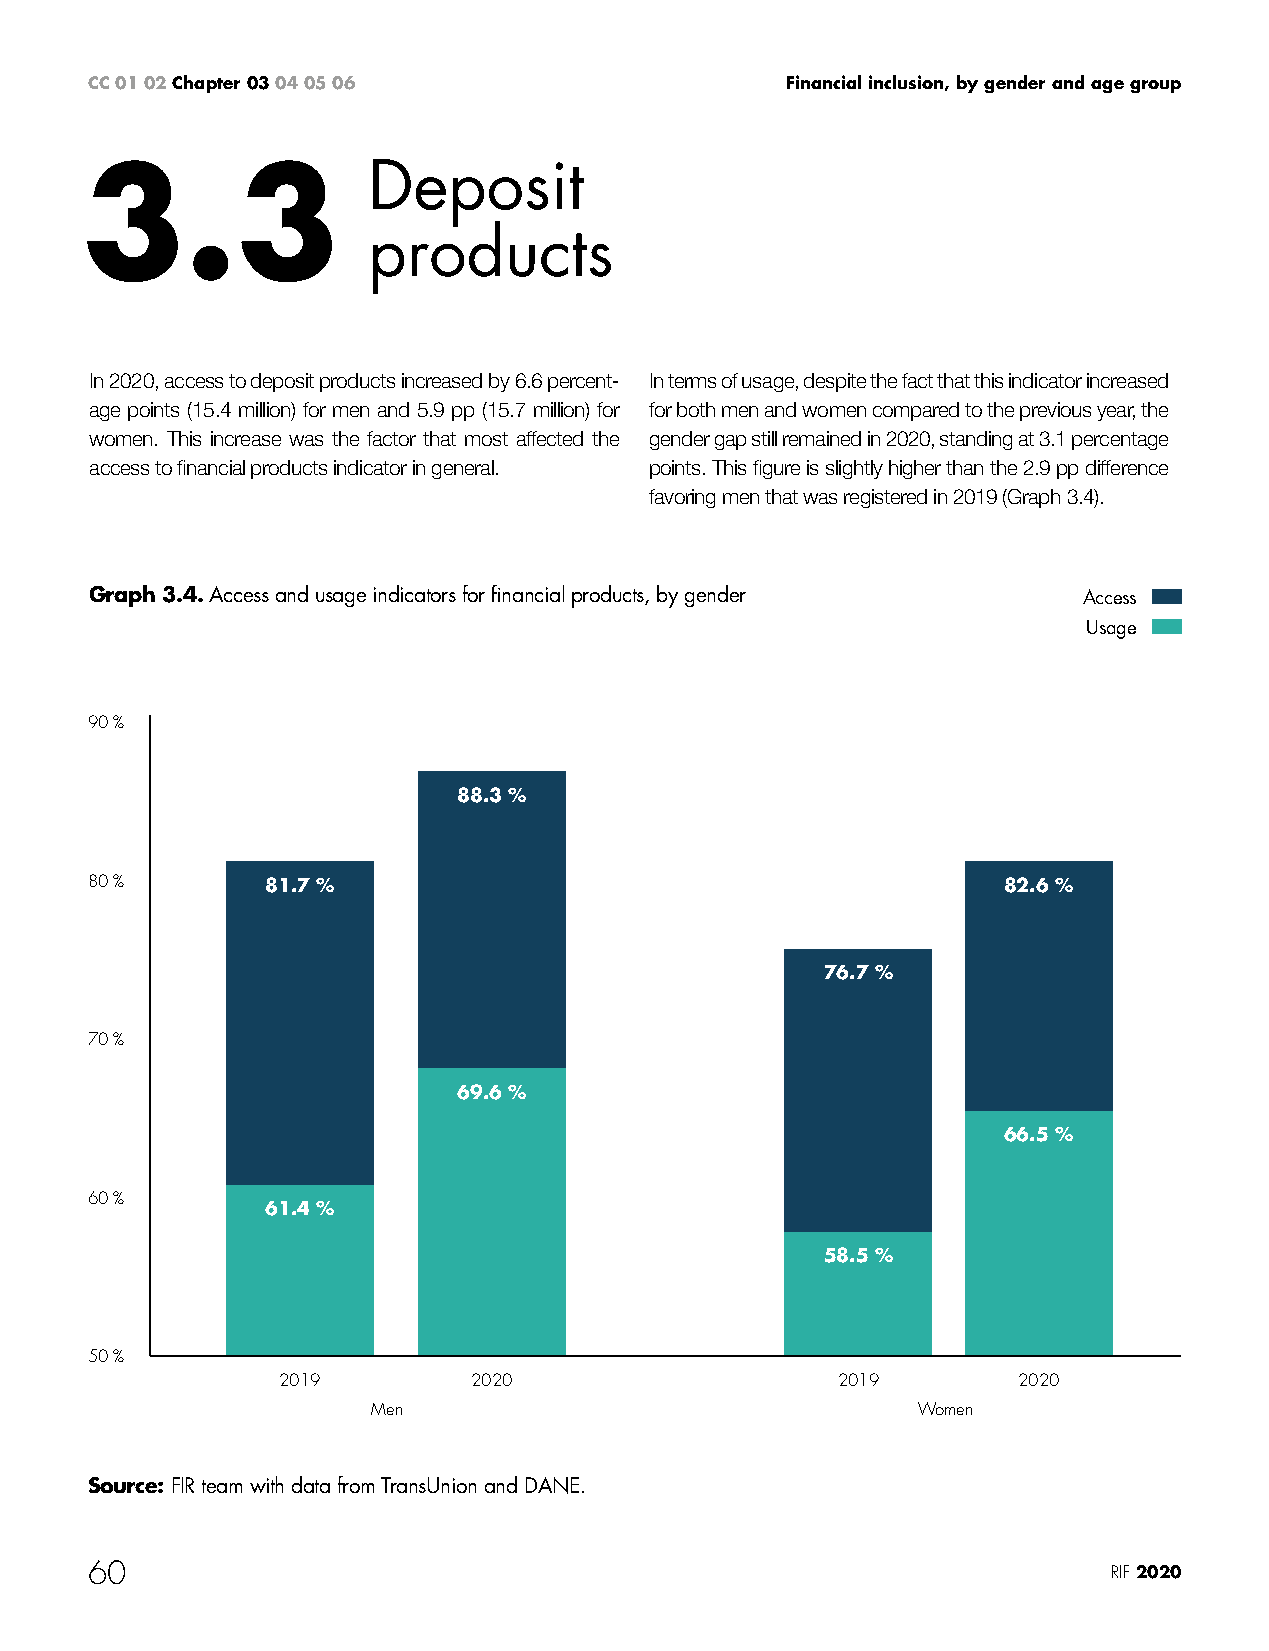
CC 01 02 Chapter 03 04 05 06                  Financial inclusion, by gender and age group
 3.3                Deposit
 products
 In 2020, access to deposit products increased by 6.6 percent- In terms of usage, despite the fact that this indicator increased
 age points (15.4 million) for men and 5.9 pp (15.7 million) for for both men and women compared to the previous year, the
 women. This increase was the factor that most affected the gender gap still remained in 2020, standing at 3.1 percentage
 access to financial products indicator in general. points. This figure is slightly higher than the 2.9 pp difference
 favoring men that was registered in 2019 (Graph 3.4).
 Graph 3.4. Access and usage indicators for financial products, by gender Access
 Usage
 90 %
 88.3 %
 80 %        81.7 %                                          82.6 %
 76.7 %
 70 %
 69.6 %
 66.5 %
 60 %
 61.4 %
 58.5 %
 50 %
 2019         2020                    2019        2020
 Men                                 Women
 Source: FIR team with data from TransUnion and DANE.
 60                                                                  RIF 2020